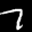
Label: 7